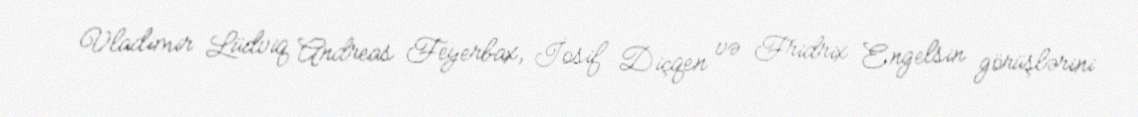
Vladimir Lüdviq Andreas Feyerbax, İosif Diçqen və Fridrix Engelsin görüşlərini